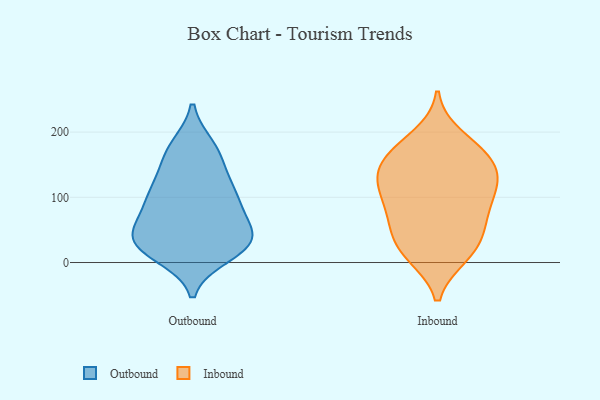
{"axis": {"x": "Production Output", "y": "Value"}, "legend": ["Inbound", "Outbound"], "data": [{"x": "", "y": 46, "type": "Outbound"}, {"x": "", "y": 11, "type": "Outbound"}, {"x": "", "y": 40, "type": "Outbound"}, {"x": "", "y": 43, "type": "Outbound"}, {"x": "", "y": 104, "type": "Outbound"}, {"x": "", "y": 29, "type": "Outbound"}, {"x": "", "y": 61, "type": "Outbound"}, {"x": "", "y": 146, "type": "Outbound"}, {"x": "", "y": 21, "type": "Outbound"}, {"x": "", "y": 177, "type": "Outbound"}, {"x": "", "y": 178, "type": "Outbound"}, {"x": "", "y": 19, "type": "Outbound"}, {"x": "", "y": 88, "type": "Outbound"}, {"x": "", "y": 41, "type": "Outbound"}, {"x": "", "y": 121, "type": "Outbound"}, {"x": "", "y": 164, "type": "Outbound"}, {"x": "", "y": 97, "type": "Outbound"}, {"x": "", "y": 112, "type": "Outbound"}, {"x": "", "y": 85, "type": "Outbound"}, {"x": "", "y": 24, "type": "Outbound"}, {"x": "", "y": 121, "type": "Inbound"}, {"x": "", "y": 11, "type": "Inbound"}, {"x": "", "y": 193, "type": "Inbound"}, {"x": "", "y": 168, "type": "Inbound"}, {"x": "", "y": 116, "type": "Inbound"}, {"x": "", "y": 81, "type": "Inbound"}, {"x": "", "y": 57, "type": "Inbound"}, {"x": "", "y": 138, "type": "Inbound"}, {"x": "", "y": 84, "type": "Inbound"}, {"x": "", "y": 17, "type": "Inbound"}, {"x": "", "y": 40, "type": "Inbound"}, {"x": "", "y": 167, "type": "Inbound"}, {"x": "", "y": 58, "type": "Inbound"}, {"x": "", "y": 148, "type": "Inbound"}, {"x": "", "y": 109, "type": "Inbound"}, {"x": "", "y": 167, "type": "Inbound"}, {"x": "", "y": 14, "type": "Inbound"}, {"x": "", "y": 125, "type": "Inbound"}]}